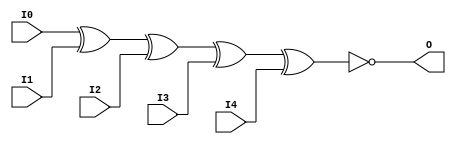
// This program was cloned from: https://github.com/jhshi/openofdm
// License: Apache License 2.0

// $Header: /devl/xcs/repo/env/Databases/CAEInterfaces/verunilibs/data/unisims/XNOR5.v,v 1.6 2007/05/23 21:43:44 patrickp Exp $
///////////////////////////////////////////////////////////////////////////////
// Copyright (c) 1995/2004 Xilinx, Inc.
// All Right Reserved.
///////////////////////////////////////////////////////////////////////////////
//   ____  ____
//  /   /\/   /
// /___/  \  /    Vendor : Xilinx
// \   \   \/     Version : 10.1
//  \   \         Description : Xilinx Functional Simulation Library Component
//  /   /                  5-input XNOR Gate
// /___/   /\     Filename : XNOR5.v
// \   \  /  \    Timestamp : Thu Mar 25 16:43:42 PST 2004
//  \___\/\___\
//
// Revision:
//    03/23/04 - Initial version.
//    05/23/07 - Changed timescale to 1 ps / 1 ps.

`timescale  1 ps / 1 ps


module XNOR5 (O, I0, I1, I2, I3, I4);

    output O;

    input  I0, I1, I2, I3, I4;

	xnor X1 (O, I0, I1, I2, I3, I4);


endmodule